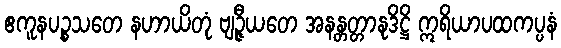
ဧကူနပဉ္စသတေ နဟာယိတုံ ဗျဉ္ဇီယတေ အနန္တတ္တာနုဒိဋ္ဌိ ဣရိယာပထကပ္ပနံ